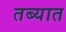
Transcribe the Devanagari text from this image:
तब्यात